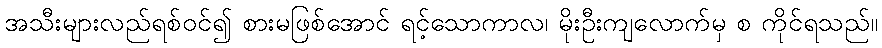
အသီးများလည်ရစ်ဝင်၍ စားမဖြစ်အောင် ရင့်သောကာလ၊ မိုးဦးကျလောက်မှ စ ကိုင်ရသည်။